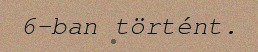
6-ban történt.